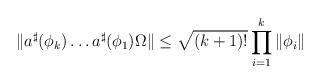
LaTeX: \begin{align*}\|a^\sharp(\phi_k)\ldots a^\sharp(\phi_1)\Omega\|\leq \sqrt{(k+1)!}\prod_{i=1}^k\|\phi_i\|\end{align*}